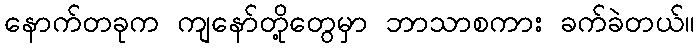
နောက်တခုက ကျနော်တို့တွေမှာ ဘာသာစကား ခက်ခဲတယ်။